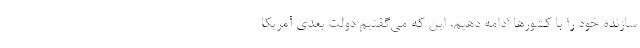
سازنده خود را با کشورها ادامه دهیم. این که می‌گفتیم دولت بعدی آمریکا